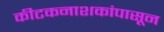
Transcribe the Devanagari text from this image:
कीटकनाशकांपासून